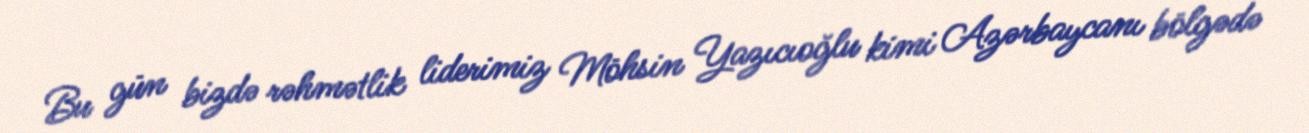
Bu gün bizdə rəhmətlik liderimiz Möhsin Yazıcıoğlu kimi Azərbaycanı bölgədə